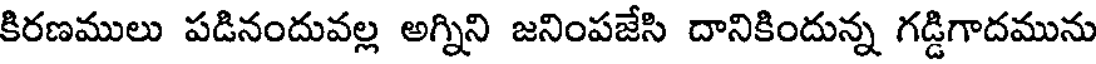
కిరణములు పడినందువల్ల అగ్నిని జనింపజేసి దానికిందున్న గడ్డిగాదమును